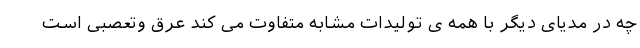
چه در مدیای دیگر با همه ی تولیدات مشابه متفاوت می کند عرق وتعصبی است